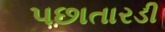
પછાતારડી